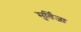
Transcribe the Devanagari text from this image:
मुर्तिजा